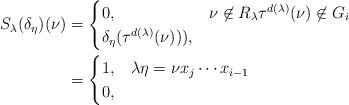
LaTeX: \begin{align*} S_\lambda(\delta_\eta)(\nu) &= \begin{cases} 0, & \nu \not\in R_\lambda \tau^{d(\lambda)}(\nu) \not\in G_i \\\delta_\eta(\tau^{d(\lambda)}(\nu))), & \end{cases}\\& =\begin{cases} 1, & \lambda \eta = \nu x_j \cdots x_{i-1} \\0, & \end{cases}\end{align*}